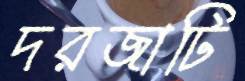
দরজাটি